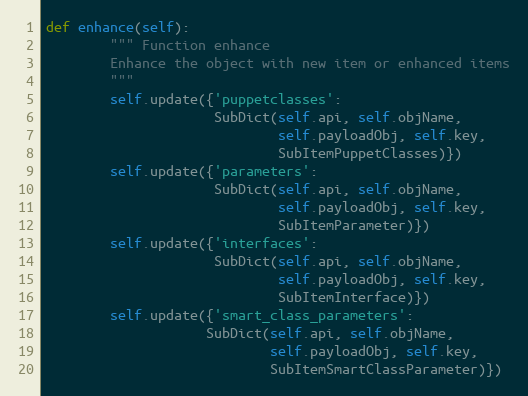
Language: Python
def enhance(self):
        """ Function enhance
        Enhance the object with new item or enhanced items
        """
        self.update({'puppetclasses':
                     SubDict(self.api, self.objName,
                             self.payloadObj, self.key,
                             SubItemPuppetClasses)})
        self.update({'parameters':
                     SubDict(self.api, self.objName,
                             self.payloadObj, self.key,
                             SubItemParameter)})
        self.update({'interfaces':
                     SubDict(self.api, self.objName,
                             self.payloadObj, self.key,
                             SubItemInterface)})
        self.update({'smart_class_parameters':
                    SubDict(self.api, self.objName,
                            self.payloadObj, self.key,
                            SubItemSmartClassParameter)})